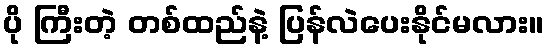
ပို ကြီးတဲ့ တစ်ထည်နဲ့ ပြန်လဲပေးနိုင်မလား။